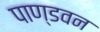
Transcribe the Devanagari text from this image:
पाण्डवन